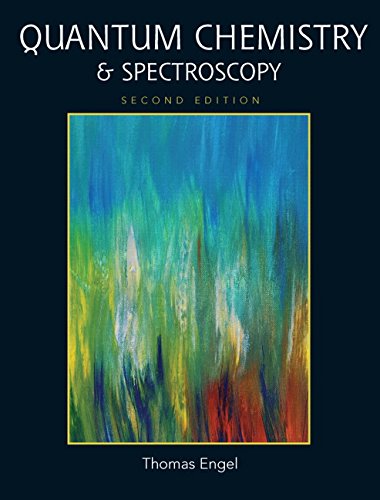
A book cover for Quantum Chemistry & Spectroscopy (2nd Edition); Thomas Engel; Science & Math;